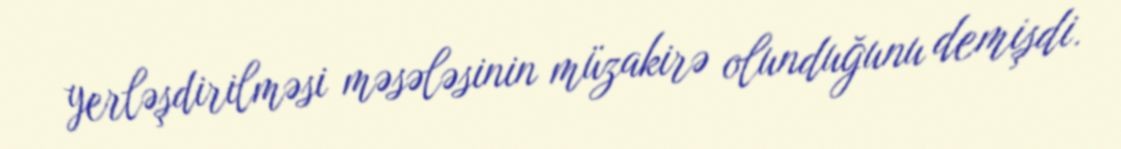
yerləşdirilməsi məsələsinin müzakirə olunduğunu demişdi.